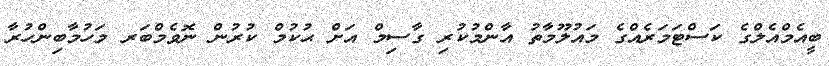
ބީއެމްއެލްގެ ކަސްޓަމަރެއްގެ މައުލޫމާތު އާންމުކުރި ގާސިމް އަށް ޙުކުމް ކުރުން ނޮވެމްބަރ މަހުމާބިންހުރާ